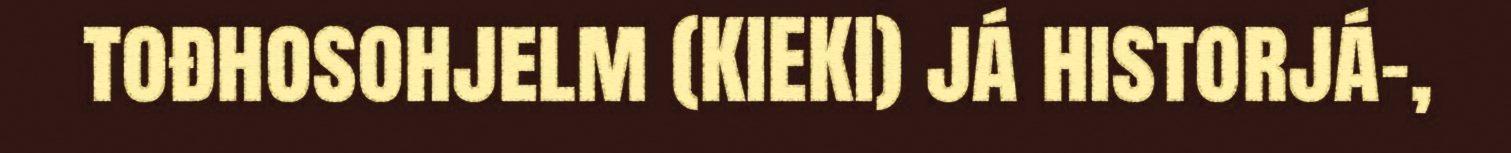
tođhosohjelm (KIEKI) já historjá-,